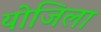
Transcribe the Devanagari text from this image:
योजिला